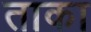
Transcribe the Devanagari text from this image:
ताका